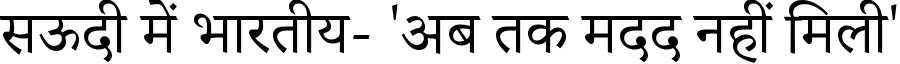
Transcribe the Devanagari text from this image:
सऊदी में भारतीय- 'अब तक मदद नहीं मिली'